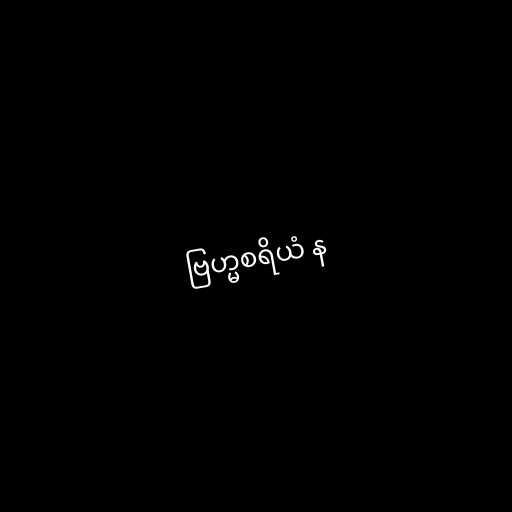
ဗြဟ္မစရိယံ န